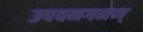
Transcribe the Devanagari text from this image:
उपवनगमण्